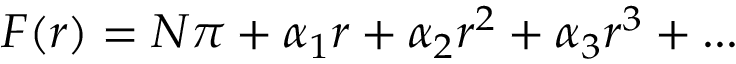
F ( r ) = N \pi + \alpha _ { 1 } r + \alpha _ { 2 } r ^ { 2 } + \alpha _ { 3 } r ^ { 3 } + . . .